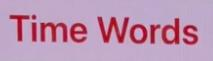
Time Words